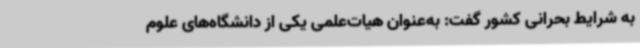
به شرایط بحرانی کشور گفت: به‌عنوان هیات‌علمی یکی از دانشگاه‌های علوم